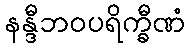
နန္ဒီဘဝပရိက္ခီဏံ